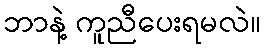
ဘာနဲ့ ကူညီပေးရမလဲ။